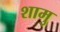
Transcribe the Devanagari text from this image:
शामु